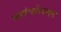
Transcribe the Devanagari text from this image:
स्वतंत्रतेबद्दल